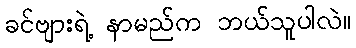
ခင်ဗျားရဲ့ နာမည်က ဘယ်သူပါလဲ။